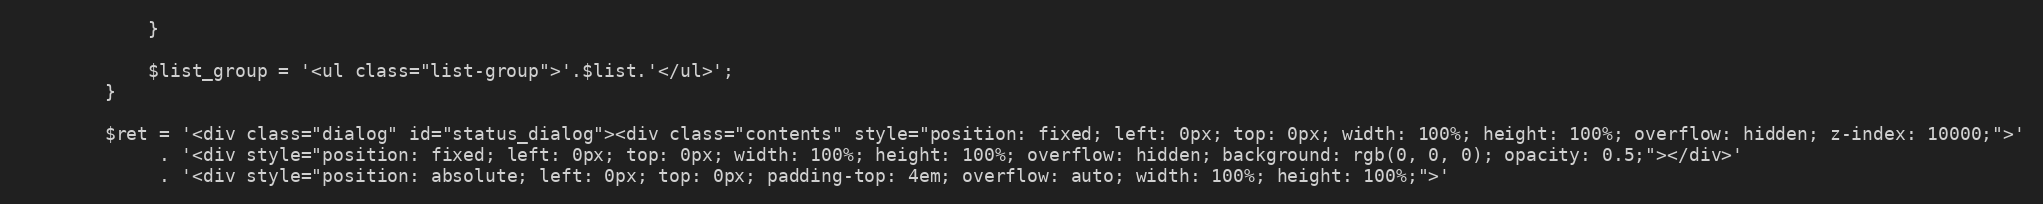
Language: PHP
			}

			$list_group = '<ul class="list-group">'.$list.'</ul>';
		}

		$ret = '<div class="dialog" id="status_dialog"><div class="contents" style="position: fixed; left: 0px; top: 0px; width: 100%; height: 100%; overflow: hidden; z-index: 10000;">'
			 . '<div style="position: fixed; left: 0px; top: 0px; width: 100%; height: 100%; overflow: hidden; background: rgb(0, 0, 0); opacity: 0.5;"></div>'
			 . '<div style="position: absolute; left: 0px; top: 0px; padding-top: 4em; overflow: auto; width: 100%; height: 100%;">'